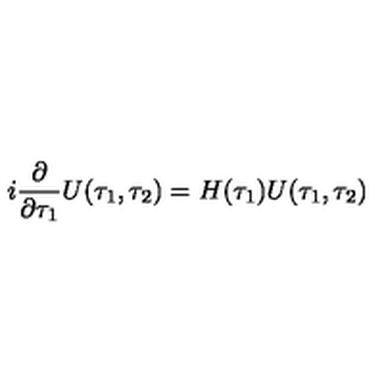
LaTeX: i \frac { \partial } { \partial \tau _ { 1 } } U ( \tau _ { 1 } , \tau _ { 2 } ) = H ( \tau _ { 1 } ) U ( \tau _ { 1 } , \tau _ { 2 } )